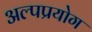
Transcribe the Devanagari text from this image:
अल्पप्रयोग